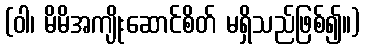
(ဝါ၊ မိမိအကျိုးဆောင်စိတ် မရှိသည်ဖြစ်၍။)